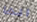
انها